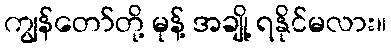
ကျွန်တော်တို့ မုန့် အချို့ ရနိုင်မလား။